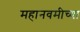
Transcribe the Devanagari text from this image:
महानवमीच्या